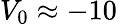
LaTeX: V_{0}\approx-10